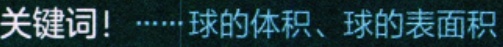
关键词！……球的体积、球的表面积